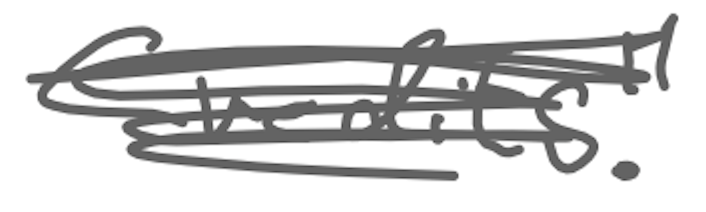
Text: Credits."
Cross-out: scratch
Writing tool: digital_gray